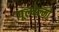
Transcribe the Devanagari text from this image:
गूल्येल्मो